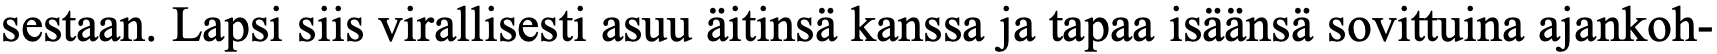
sestaan. Lapsi siis virallisesti asuu äitinsä kanssa ja tapaa isäänsä sovittuina ajankoh-